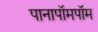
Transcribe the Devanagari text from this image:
पानापॉमपॉम